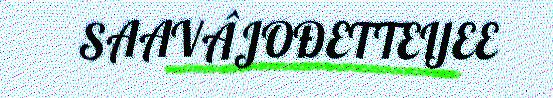
SAAVÂJOĐETTEIJEE